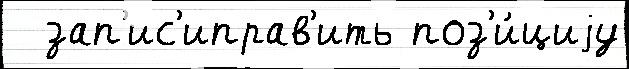
  зап'ис'иправ'ить поз'и́циjу